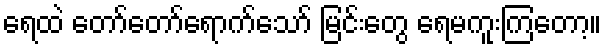
ရေထဲ တော်တော်ရောက်သော် မြင်းတွေ ရေမကူးကြတော့။